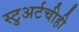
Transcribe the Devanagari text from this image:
स्टुअर्टचीही